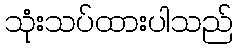
သုံးသပ်ထားပါသည်